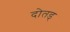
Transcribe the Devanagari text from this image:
दोतड्